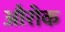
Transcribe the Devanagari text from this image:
औरोक